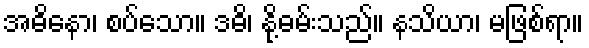
အဓိနော၊ စပ်သော။ ဒဓိ၊ နို့ဓမ်းသည်။ နသိယာ၊ မဖြစ်ရာ။